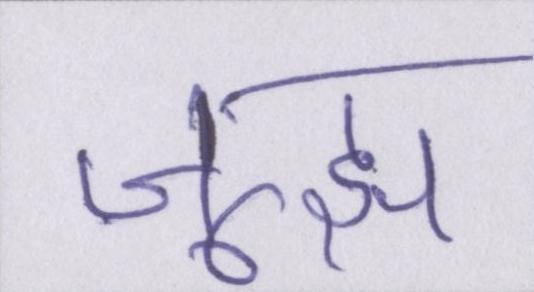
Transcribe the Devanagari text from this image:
जूझ